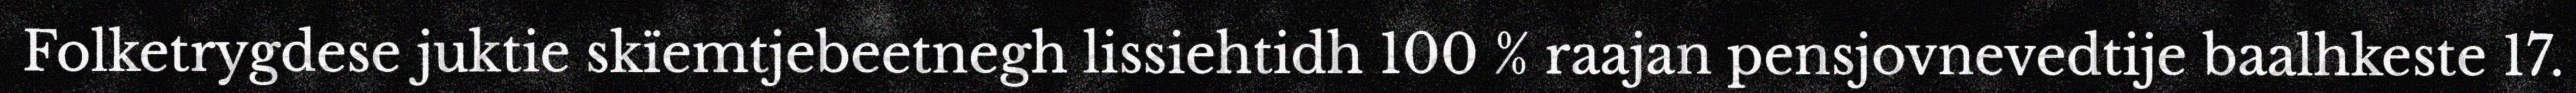
Folketrygdese juktie skïemtjebeetnegh lissiehtidh 100 % raajan pensjovnevedtije baalhkeste 17.